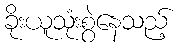
ခိုးယူသုံးစွဲနေသည့်